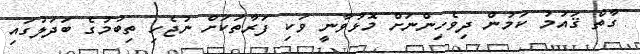
ގާތް ޤައުމު ކަމުން ދިވެހިންނަށް މޮޅުވާނީ ވަކި ފަރާތަކަށް ނުޖެހި ތިބުމުގެ ބަދަލުގައި